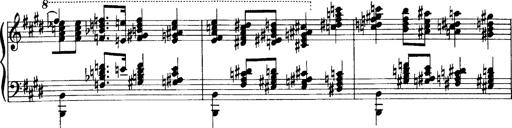
Title: OuvertÃ¼re zu TannhÃ¤user
Composer: Franz Liszt